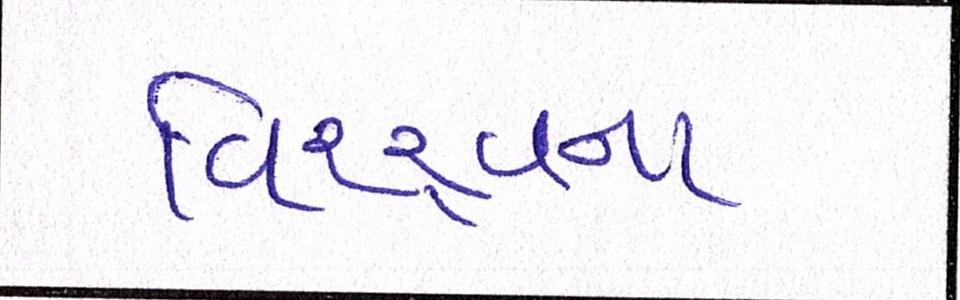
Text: વિશ્ર્વના